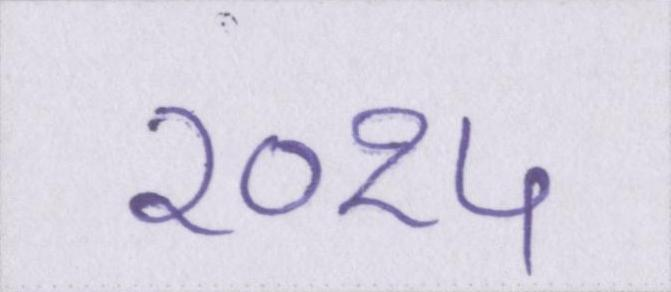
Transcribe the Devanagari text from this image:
२०१५